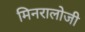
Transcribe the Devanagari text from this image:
मिनरालोजी